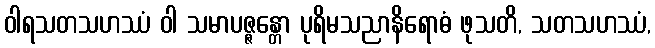
ဝါရသတသဟဿံ ဝါ သမာပဇ္ဇန္တော ပုရိမသညာနိရောဓံ ဖုသတိ, သတသဟဿံ,